Civil Veterinary Department. United Provinces 1912-22 - 1912-1922
Year: 1912
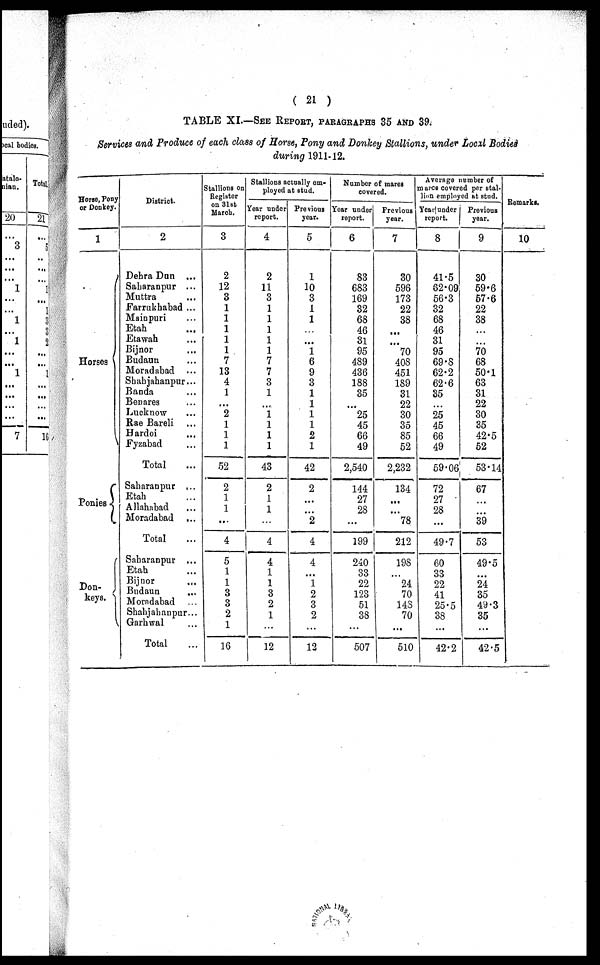
( 21 )
TABLE XI.—SEE REPORT, PARAGRAPHS 35 AND 39.
Services and Produce of each class of Horse, Pony and Donkey Stallions, under Local Bodies
during 1911-12.
Horse, Pony
or Donkey.
1
Horses
Ponies
Don-
keys.
District.
2
Dehra Dun ...
Saharanpur ...
Muttra ...
Farrukhabad ...
Mainpuri ...
Etah ...
Etawah ...
Bijnor ...
Budaun ...
Moradabad ...
Shahjahanpur ...
Banda ...
Benares
Lucknow ...
Rae Bareli ...
Hardoi ...
Fyzabad ...
Total
Saharanpur ...
Etah ...
Allahabad
Moradabad ...
Total
Saharanpur ...
Etah ...
Bijnor ...
Budaun ...
Moradabad ...
Shahjahanpur ...
Garhwal ...
Total
Stallions on
Register
on 31bt
March.
3
2
12
3
1
1
1
1
1
7
13
4
1
...
2
1
1
1
52
2
1
1
...
4
5
1
1
3
3
2
1
16
Stallions actually em-
ployed at stud.
Year under
report.
4
2
11
3
1
1
1
1
1
7
7
3
1
...
1
1
1
1
43
2
1
1
...
4
4
1
1
3
2
1
...
12
Previous
year.
5
1
10
3
1
1
...
...
1
6
9
3
1
1
1
1
2
1
42
2
...
...
2
4
4
1
2
3
0
...
12
Number of mares
Year under
report.
6
83
683
169
32
68
46
31
95
489
436
188
35
...
25
45
66
49
2,540
144
27
28
...
199
240
33
22
123
51
38
...
507
Previous
year.
7
30
596
173
22
38
...
...
70
408
451
159
31
22
30
35
85
52
2,232
134
...
...
78
212
198
...
24
70
143
70
...
510
Average number of
mares covered per stal-
lion employed at stud.
Year under
report.
8
41.5
62.09
56.3
32
68
46
31
95
69.8
62.2
62.6
35
...
25
45
66
49
59.06
72
27
28
...
49.7
60
33
22
41
25.5
38
...
42.2
Previous
year.
9
30
59.6
57.6
22
38
...
...
70
68
50.1
63
31
22
30
35
42.5
52
53.14
67
...
...
39
53
49.5
...
24
35
49.3
35
...
42.5
Remarks.
10